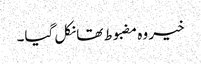
خیر وہ مضبوط تھا نکل گیا۔